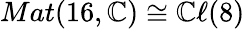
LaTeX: Mat(16,\mathbb{C})\cong\mathbb{C}\ell(8)